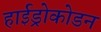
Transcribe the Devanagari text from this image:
हाईड्रोकोडन